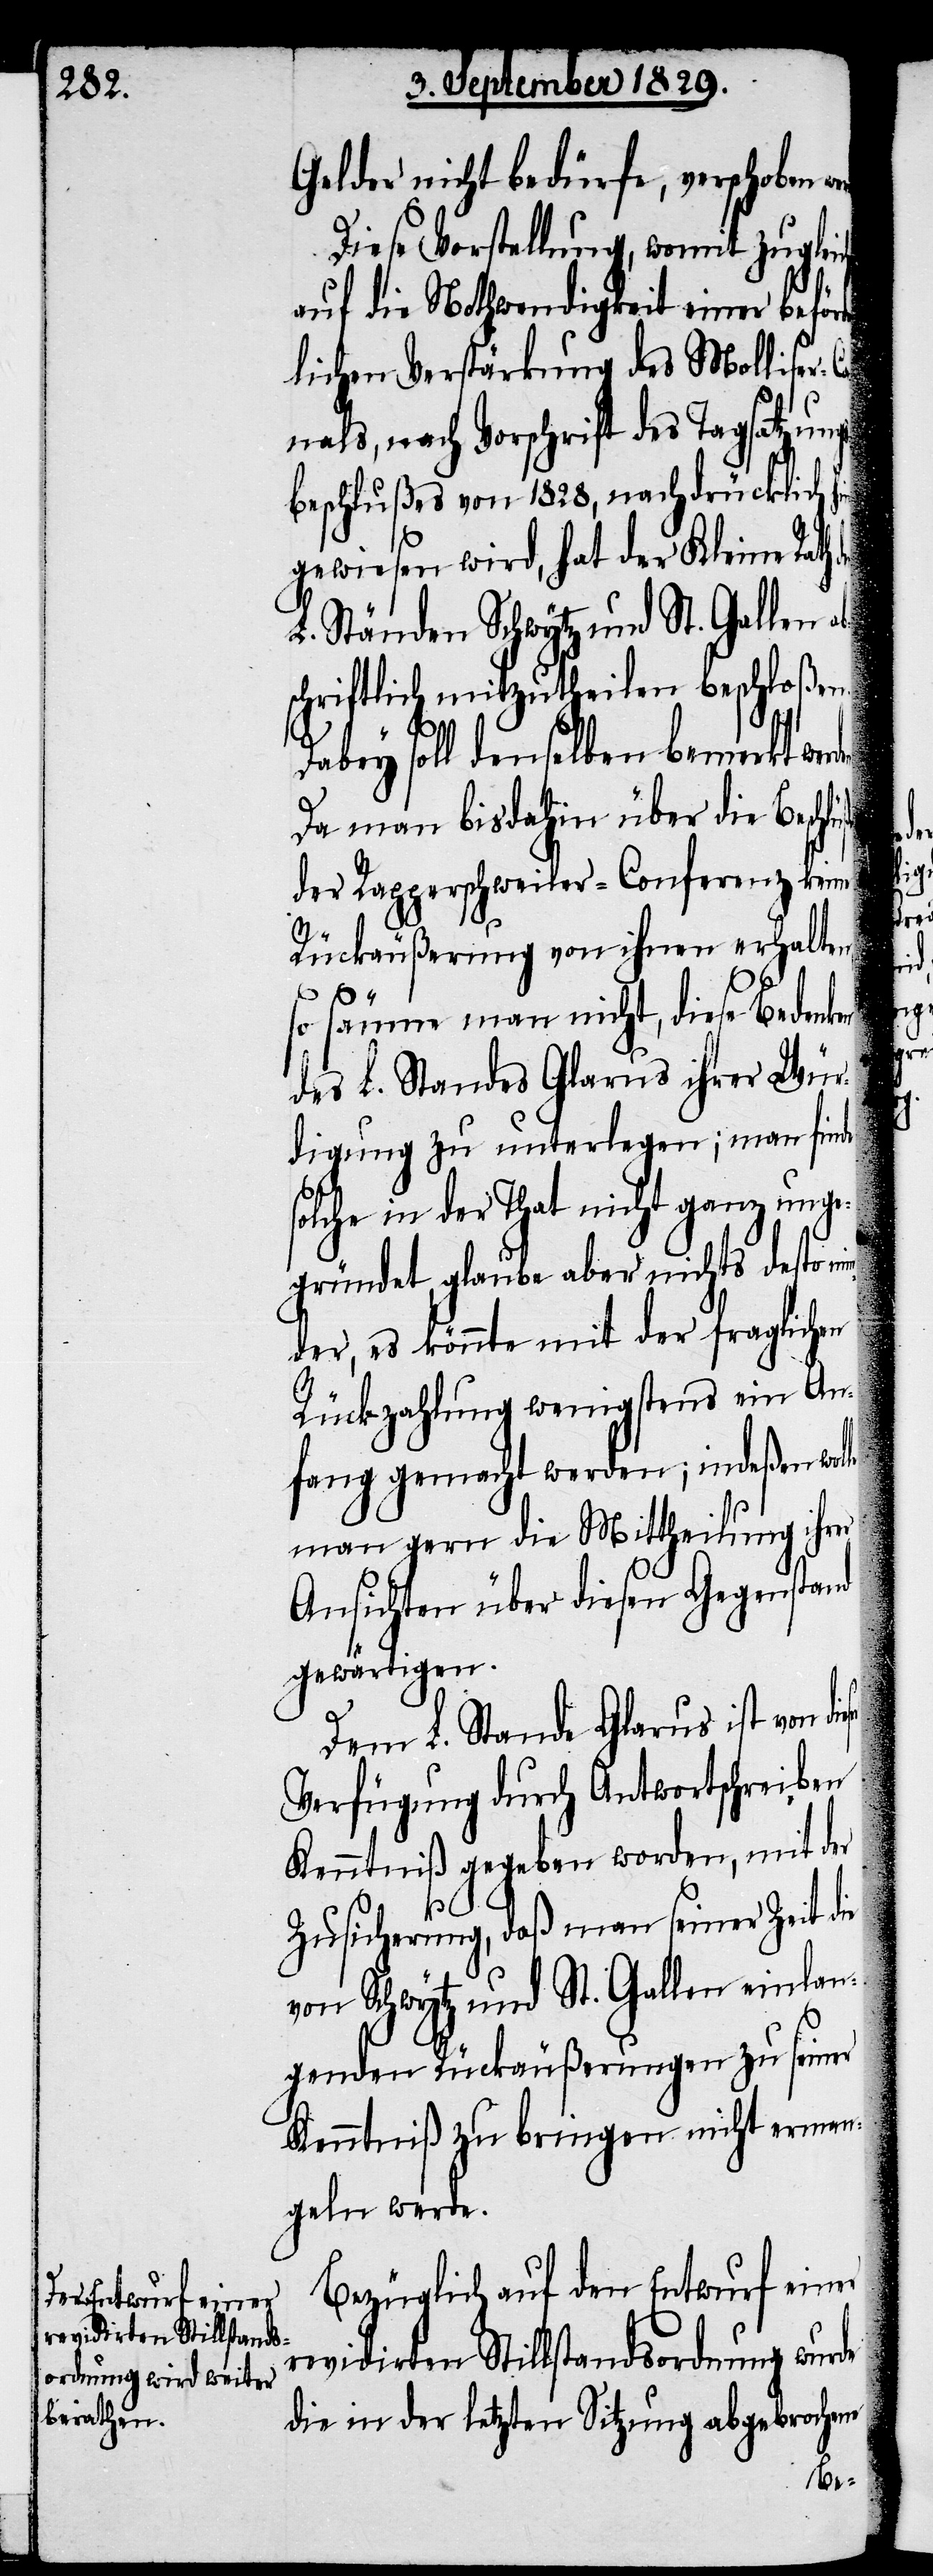
Gelder nicht bedürfe, verschoben
Diese Vorstellung, womit zugleich
auf die Nothwendigkeit einer beför¬
lichen Verstärkung des Molliser-C¬
anals, nach Vorschrift des Tagsatzung¬
sbeschlußes von 1828, nachdrücklich h¬
eser
gewiesen wird, hat der Kleine Rath
L. Ständen Schwytz und St. Gallen ab¬
schriftlich mitzutheilen beschloßen.
le
Dabey soll denselben bemerkt werde¬
Da man bisdahin über die Beschl¬
der Rapperschweiler-Conferenz keine
Rückäußerung von ihnen erhalten,
so säume man nicht, diese Bedenken
des L. Standes Glarus ihrer Wür¬
digung zu unterlegen; man finde
solche in der That nicht ganz unge¬
gründet, glaube aber nichts desto min¬
der, es könnte mit der fraglichen
Rückzahlung wenigstens ein An¬
fang gemacht werden; indeßen wol¬
man gern die Mittheilung ihrer
Ansichten über diesen Gegenstand
gewärtigen.
Dem L. Stande Glarus ist von di¬
Verfügung durch Antwortschreiben
Kenntniß gegeben worden, mit der
Zusicherung, daß man seiner Zeit die
von Schwytz und St. Gallen einlan¬
genden Rückäußerungen zu seiner
Kenntniß zu bringen nicht erman¬
geln werde.
Bezüglich auf den Entwurf einer
revidirten Stillstandsordnung wurde
die in der letzten Sitzung abgebrochene

der¬
üße
werden.